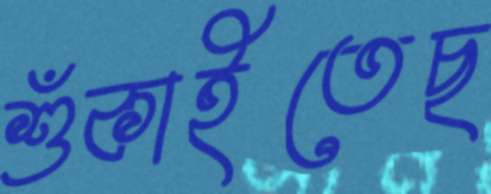
শুঁকাইতেছ